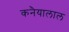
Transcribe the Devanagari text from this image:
कनैयालाल